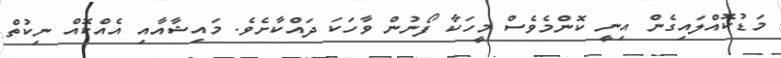
މަޑުކޮއްލައިގެން އިނީ ކޮންމެވެސް މީހަކާ ފޯނުން ވާހަކަ ދައްކާށެވެ. މައިޝާއާއި އެއްކޮއް ނިކުތް